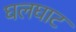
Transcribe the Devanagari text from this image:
घलघाट